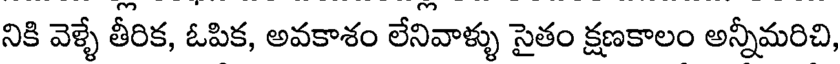
నికి వెళ్ళే తీరిక, ఓపిక, అవకాశం లేనివాళ్ళు సైతం క్షణకాలం అన్నీమరిచి,